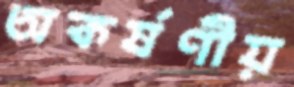
অকর্ষণীয়